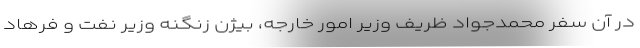
در آن سفر محمدجواد ظریف وزیر امور خارجه، بیژن زنگنه وزیر نفت و فرهاد